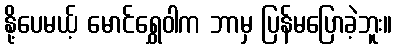
နို့ပေမယ့် မောင်ရွှေဝါက ဘာမှ ပြန်မပြောခဲ့ဘူး။